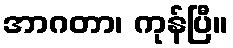
အာဂတာ၊ ကုန်ပြီ။